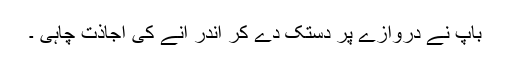
باپ نے دروازے پر دستک دے کر اندر آنے کی اجاذت چاہی ۔